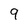
Character: 9